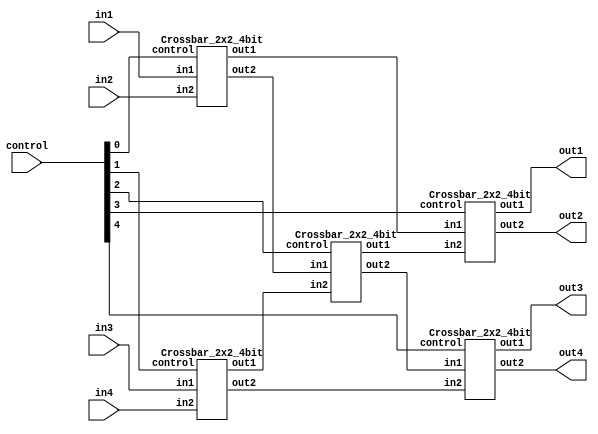
`timescale 1ns/1ps

module Crossbar_4x4_4bit(in1, in2, in3, in4, out1, out2, out3, out4, control);
input [3:0] in1, in2, in3, in4;
input [4:0] control;
output [3:0] out1, out2, out3, out4;

wire [3:0]w1, w2, w3, w4, w5, w6;

Crossbar_2x2_4bit c1(.in1(in1), .in2(in2), .control(control[0]), .out1(w1), .out2(w2));
Crossbar_2x2_4bit c2(.in1(in3), .in2(in4), .control(control[1]), .out1(w3), .out2(w6));
Crossbar_2x2_4bit c3(.in1(w2), .in2(w3), .control(control[2]), .out1(w4), .out2(w5));
Crossbar_2x2_4bit c4(.in1(w1), .in2(w4), .control(control[3]), .out1(out1), .out2(out2));
Crossbar_2x2_4bit c5(.in1(w5), .in2(w6), .control(control[4]), .out1(out3), .out2(out4));

endmodule


module Crossbar_2x2_4bit(in1, in2, control, out1, out2);
input [3:0] in1, in2;
input control;
output [3:0] out1, out2;

wire [3:0] tmp1, tmp2, tmp3, tmp4;
wire control_neg;

not not0(control_neg, control); 

Dmux_1x2_1bit Dmux0[3:0](.in(in1), .a(tmp1), .b(tmp2), .sel(control_neg));
Dmux_1x2_1bit Dmux1[3:0](.in(in2), .a(tmp3), .b(tmp4), .sel(control));

Mux mux0[3:0](.x(tmp1), .y(tmp3), .sel(control_neg), .f(out1));
Mux mux1[3:0](.x(tmp2), .y(tmp4), .sel(control), .f(out2));

endmodule

module Mux(x, y, sel, f);
input x, y;
input sel;
output f;

wire neg_sel;
wire tmp_x, tmp_y;

not n0(neg_sel, sel);

and and0(tmp_x, x, neg_sel);
and and1(tmp_y, y, sel);

or or0(f, tmp_x, tmp_y);

endmodule

module Dmux_1x2_1bit(in, a, b, sel);
input in;
input sel;
output a,b;

wire sel_neg;

not not0(sel_neg, sel);

and and0(a, sel_neg, in);
and and1(b, sel, in);

endmodule